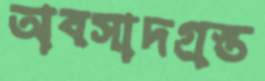
অবসাদগ্রস্ত